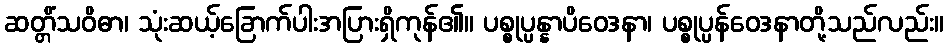
ဆတ္တိံသဝိဓာ၊ သုံးဆယ့်ခြောက်ပါးအပြားရှိကုန်၏။ ပစ္စုပ္ပန္နာပိဝေဒနာ၊ ပစ္စုပ္ပန်ဝေဒနာတို့သည်လည်း။